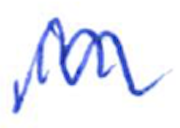
Text: in
Cross-out: wave
Writing tool: ballpoint